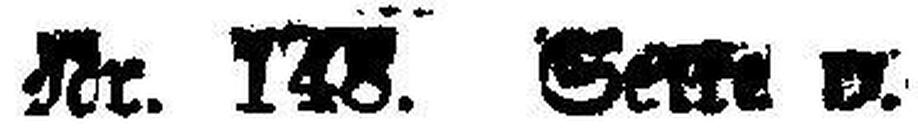
Nr. 148. Seite v.